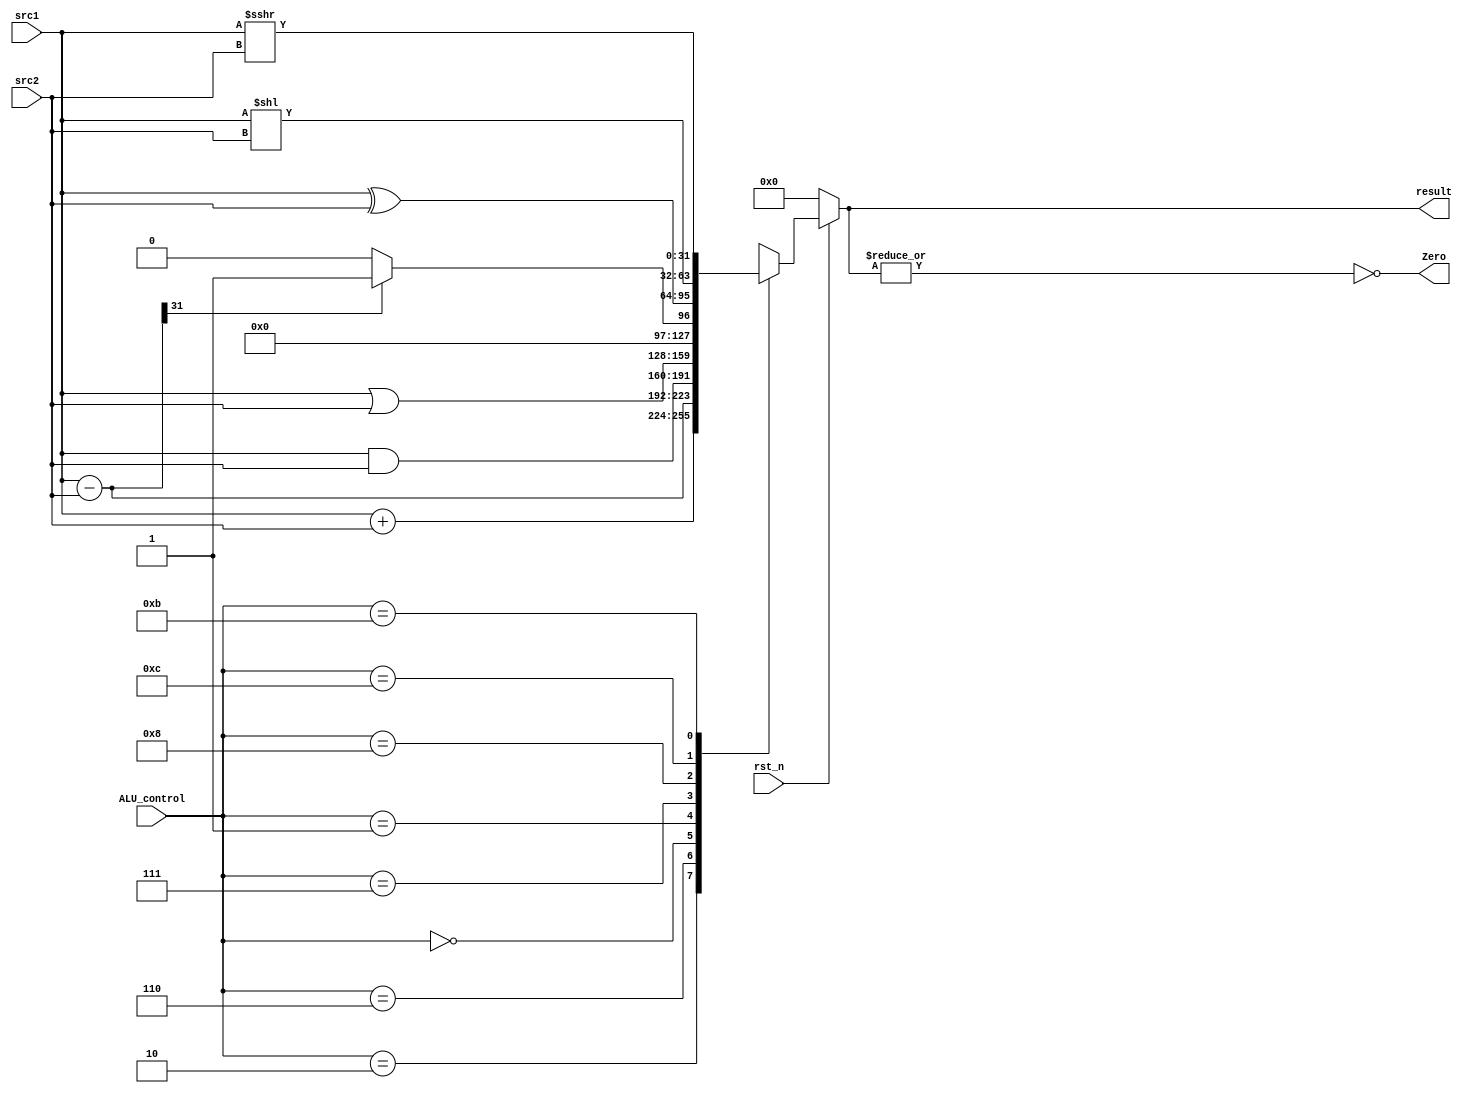
/***************************************************
Student Name: 
Student ID: group31_0816038_0711239
***************************************************/
   `timescale 1ns/1ps

   module alu(
       input                   rst_n,         // negative reset            (input)
       input        [32-1:0]   src1,          // 32 bits source 1          (input)
       input        [32-1:0]   src2,          // 32 bits source 2          (input)
       input        [ 4-1:0]   ALU_control,   // 4 bits ALU control input  (input)
       output reg   [32-1:0]   result,        // 32 bits result            (output)
       output               Zero          // 1 bit when the output is 0, zero must be set (output)
   );

   /* Write your code HERE */
	wire [32-1:0] a;
	wire [32-1:0] b;
	reg [32-1:0] inter_rst;
	assign a = src1;
	assign b = src2;

	/*
	ALU_Ctrl_o = 4'b0010; //add
	ALU_Ctrl_o = 4'b0110; //sub
	ALU_Ctrl_o = 4'b0000; //and
	ALU_Ctrl_o = 4'b0001; //or
	ALU_Ctrl_o = 4'b0111; //slt
	*/

	always @(*) begin
		//$display("src1: %b", src1);
		if(~rst_n) begin
			result = 0;
		end	else begin
			case (ALU_control)
				4'b0010: begin
					//add
					result = a + b;
				end
				4'b0110: begin
					//sub
					result = a - b;
				end
				4'b0000: begin
					//and
					result = src1 & src2;
				end
				4'b0001: begin
					//or
					result = src1 | src2;
				end
				4'b0111: begin
					//slt
					inter_rst = a - b;
					if(inter_rst[31] == 1)
						result = 32'b00000000000000000000000000000001;
					else
						result = 32'b00000000000000000000000000000000;
				end
				4'b1000: begin
					//xor
					result = src1 ^ src2;
				end
				4'b1100: begin
					//sll
					result = src1 << src2;
				end
				4'b1011: begin
					//sra
					result = src1 >>> src2;
				end
				default: begin
					//not defined
					result = 32'bxxxxxxxxxxxxxxxxxxxxxxxxxxxxxxxx;
				end
			endcase
		end
	end
	assign Zero = ~(|result);
	endmodule